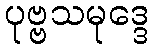
ပုဗ္ဗသမုဒ္ဒေ